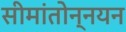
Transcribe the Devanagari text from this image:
सीमांतोन्नयन